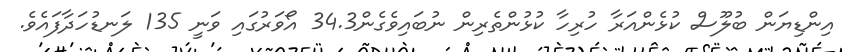
އިންޑިޔަން ބުލޫސް ކުޅެންއަރާ ހުރިހާ ކުޅުންތެރިން ނުބައިވެގެން34.3 އޯވަރުގައި ވަނީ 135 ލަނޑުހަދާފައެވެ.